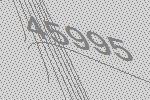
45995